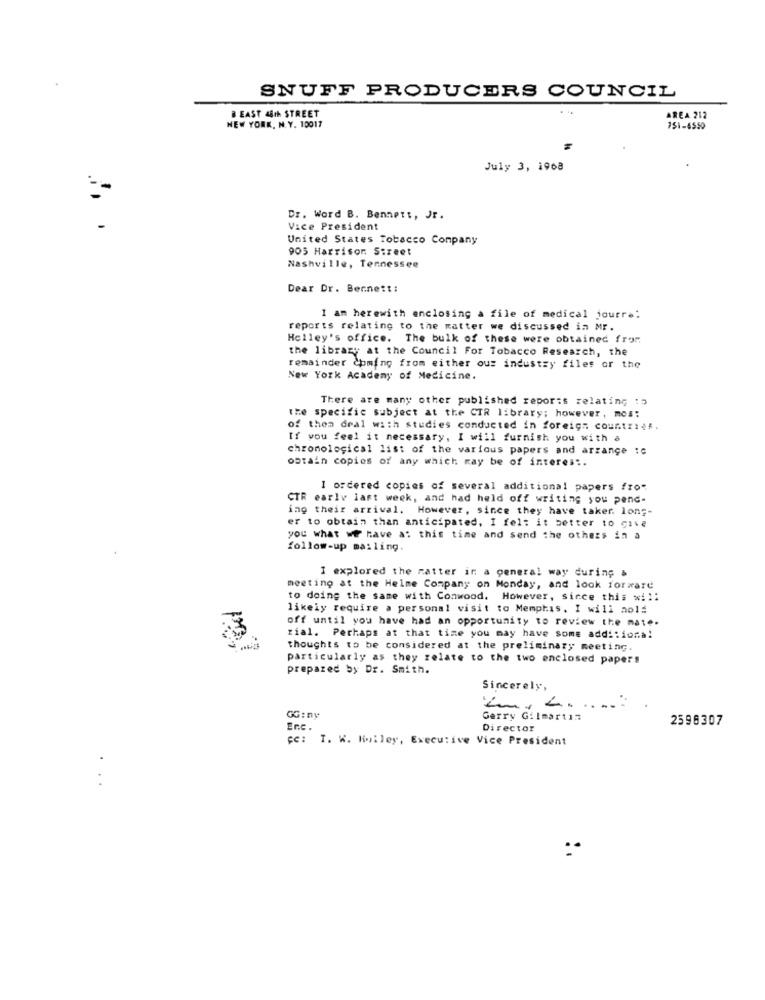
SNUFF PRODUCERS COUNCIL
BEAST 4th STREET
AREA 212
NEW YORK, N. Y. 10017
151-6550
July 3, 1968
Dr. Word B. Bennett, Jr.
-
Vice President
United States Tobacco Company
905 Harrison Street
Nashville, Tennessee
Dear Dr. Bennett:
1 am herewith enclosing a file of medical jourre:
reports relating to the matter we discussed in Mr.
Holley's office. The bulk of these were obtained from
the library at the Council For Tobacco Research, the
remainder coming from either ous industry files or the
New York Academy of Medicine.
There are many other published reports relating :5
the specific subject at the CTR library; however, mos:
of them deal with studies conducted in foreign countries.
If you feel it necessary, I will furnish you with a
chronological list of the various papers and arrange :c
obtain copies of any which may be of interes :.
I ordered copies of several additional papers fro-
CTR early last week, and had held off writing you pend-
ing their arrival. However, since they have taker. long-
er to obtain than anticipated, I felt it better to give
you what we have a: this time and send the others in a
follow-up mailing.
I explored the matter in a general way during &
meeting at the Helme Company on Monday, and look forward
to doing the same with Conwood. However, since this wi1:
likely require a personal visit to Memphis. I will aold
off until you have had an opportunity to review the mate.
rial. Perhaps at that time you may have some additional
thoughts to be considered at the preliminary meeting.
particularly as they relate to the two enclosed papers
prepared by Dr. Smith.
Sincerely,
Kur z.
GG:ny
Gerry Gilmartın
2598307
Enc.
Director
cc: T. W. Rolley, Executive Vice President
..